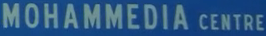
MOHAMMEDIA CENTRE